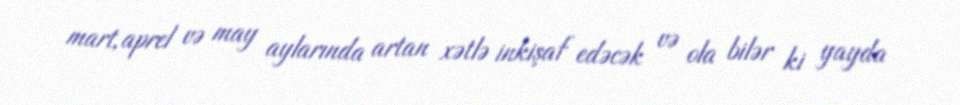
mart, aprel və may aylarında artan xətlə inkişaf edəcək və ola bilər ki yayda